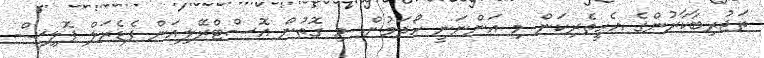
ތަޖުރިބާކާރުންގެ އެހީތެރިކަން މި އަންނަނީ ހޯދަމުން. މި ގޮތުން އޮސްޓްރޭލިއަން ފެޑެރަލް ޕޮލިސް